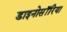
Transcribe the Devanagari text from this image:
डाइनोसॉरिया